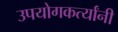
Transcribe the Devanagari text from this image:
उपयोगकर्त्यांनी